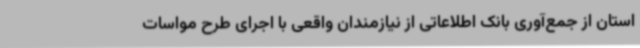
استان از جمع‌آوری بانک اطلاعاتی از نیازمندان واقعی با اجرای طرح مواسات